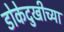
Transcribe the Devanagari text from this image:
डोकेदुखीच्या